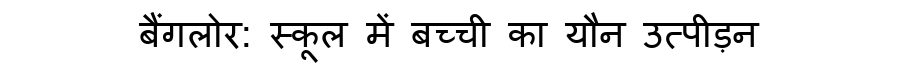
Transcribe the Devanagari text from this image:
बैंगलोर: स्कूल में बच्ची का यौन उत्पीड़न